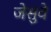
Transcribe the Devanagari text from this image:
जेसुवे